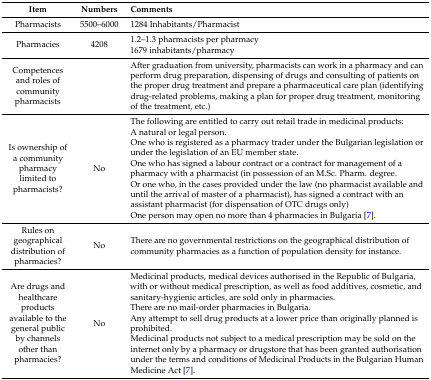
| Item | Numbers | Comments |
 | --- | --- | --- |
 | Pharmacists | 5500–6000 | 1284 Inhabitants/Pharmacist |
 | Pharmacies | 4208 | 1.2–1.3 pharmacists per pharmacy1679 inhabitants/pharmacy |
 | Competences and roles of community pharmacists |  | After graduation from university, pharmacists can work in a pharmacy and can perform drug preparation, dispensing of drugs and consulting of patients on the proper drug treatment and prepare a pharmaceutical care plan (identifying drug-related problems, making a plan for proper drug treatment, monitoring of the treatment, etc.) |
 | Is ownership of a community pharmacy limited to pharmacists? | No | The following are entitled to carry out retail trade in medicinal products:A natural or legal person.One who is registered as a pharmacy trader under the Bulgarian legislation or under the legislation of an EU member state.One who has signed a labour contract or a contract for management of a pharmacy with a pharmacist (in possession of an M.Sc. Pharm. degree.Or one who, in the cases provided under the law (no pharmacist available and until the arrival of master of a pharmacist), has signed a contract with an assistant pharmacist (for dispensation of OTC drugs only)One person may open no more than 4 pharmacies in Bulgaria [7]. |
 | Rules on geographical distribution of pharmacies? | No | There are no governmental restrictions on the geographical distribution of community pharmacies as a function of population density for instance. |
 | Are drugs and healthcare products available to the general public by channels other than pharmacies? | No | Medicinal products, medical devices authorised in the Republic of Bulgaria, with or without medical prescription, as well as food additives, cosmetic, and sanitary-hygienic articles, are sold only in pharmacies.There are no mail-order pharmacies in Bulgaria.Any attempt to sell drug products at a lower price than originally planned is prohibited.Medicinal products not subject to a medical prescription may be sold on the internet only by a pharmacy or drugstore that has been granted authorisation under the terms and conditions of Medicinal Products in the Bulgarian Human Medicine Act [7]. |